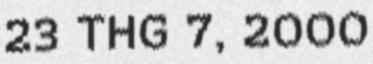
23 THG 7, 2000